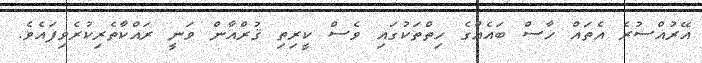
އޭރުއްސުރެ އެތައް ހާސް ބައެއްގެ ހިތްތަކުގައި ވެސް ކީރިތި ޤުރްއާން ވަނީ ރައްކާތެރިކުރެވިފައެވެ.